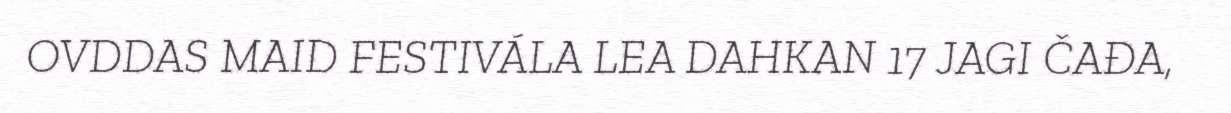
OVDDAS MAID FESTIVÁLA LEA DAHKAN 17 JAGI ČAĐA,